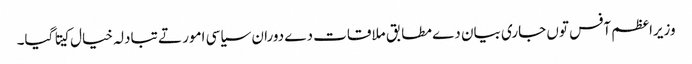
وزیراعظم آفس توں جاری بیان دے مطابق ملاقات دے دوران سیاسی امور تے تبادلہ خیال کیتا گیا۔